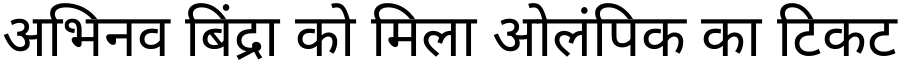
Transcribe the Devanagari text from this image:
अभिनव बिंद्रा को मिला ओलंपिक का टिकट